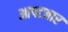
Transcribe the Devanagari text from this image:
आपटबार